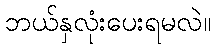
ဘယ်နှလုံးပေးရမလဲ။